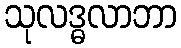
သုလဒ္ဓလာဘာ